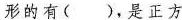
形的有( )，是正方